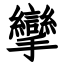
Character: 攣